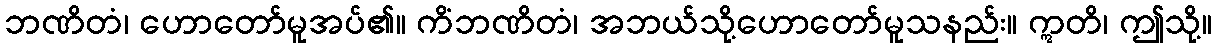
ဘဏိတံ၊ ဟောတော်မူအပ်၏။ ကိံဘဏိတံ၊ အဘယ်သို့ဟောတော်မူသနည်း။ ဣတိ၊ ဤသို့။